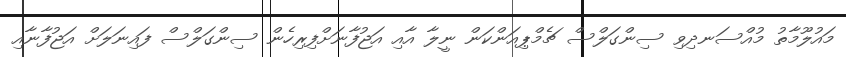
މައުލޫމާތު މުއްސަނދިވި ސިންގަލްސް ޗެމްޕިއަންކަން ނީލާ އާއި އަޖުފާނަށްފިރިހެން ސިންގަލްސް ފައިނަލަށް އަޖުފާނާއި